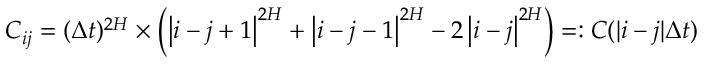
{ C _ { i j } = ( \Delta t ) ^ { 2 H } \times \left( \left| i - j + 1 \right| ^ { 2 H } + \left| i - j - 1 \right| ^ { 2 H } - 2 \left| i - j \right| ^ { 2 H } \right) } = : C ( | i - j | \Delta t )